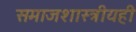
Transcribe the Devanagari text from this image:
समाजशास्त्रीयही